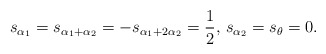
\begin{align*}s_{\alpha_1}=s_{\alpha_1+\alpha_2}=-s_{\alpha_1+2\alpha_2}= \frac{1}{2},\, s_{\alpha_2}=s_{\theta}=0.\end{align*}